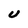
Character: U